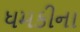
ધમકીના